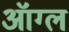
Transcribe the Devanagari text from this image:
ऑग्ल